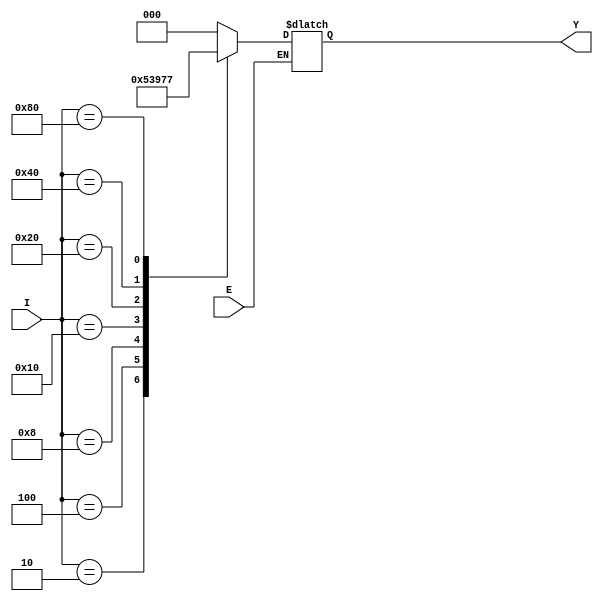
module encoder_8x3(I,E,Y);
input [7:0]I;
input E;
output reg [2:0] Y;

always @(I or E)
   begin
     if(E)
       begin
 	 case(I)
	   8'b00000000: Y <=3'bxxx;
	   8'b00000001: Y <=3'b000;
           8'b00000010: Y <=3'b001;
           8'b00000100: Y <=3'b010;
	   8'b00001000: Y <=3'b011;
	   8'b00010000: Y <=3'b100;
	   8'b00100000: Y <=3'b101;
           8'b01000000: Y <=3'b110; 
	   8'b10000000: Y <=3'b111;
	  default : Y <= 3'bx;
	 endcase
      end
    end
endmodule